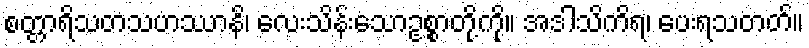
စတ္တာရိသတသဟဿာနိ၊ လေးသိန်းသောဥစ္စာတို့ကို။ အဒါသိကိရ၊ ပေးရသတတ်။